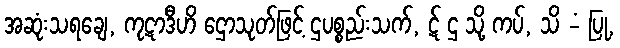
အဆုံးသရချေ, ကုဋာဒီဟိ ဌောသုတ်ဖြင့် ဌပစ္စည်းသက်, ဋ် ဌ သို့ ကပ်, သိ -ံ ပြု,